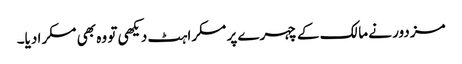
مزدور نے مالک کے چہرے پر مسکراہٹ دیکھی تو وہ بھی مسکرا دیا۔